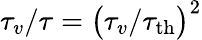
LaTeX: \tau_{v}/\tau=\big(\tau_{v}/\tau_{\mathrm{th}}\big)^{2}